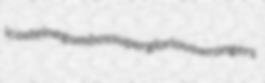
icosteine gumbos superglorious wrongers